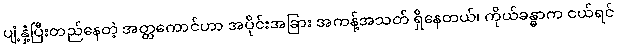
ပျံ့နှံ့ပြီးတည်နေတဲ့ အတ္တကောင်ဟာ အပိုင်းအခြား အကန့်အသတ် ရှိနေတယ်၊ ကိုယ်ခန္ဓာက ငယ်ရင်